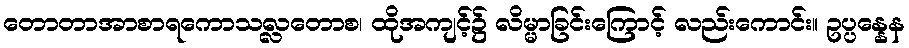
တောတာအာစာရကောသလ္လတောစ၊ ထိုအကျင့်၌ လိမ္မာခြင်းကြောင့် လည်းကောင်း။ ဥပ္ပန္နေန